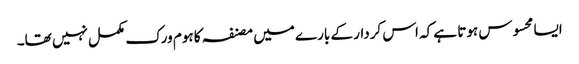
ایسا محسوس ہوتا ہے کہ اس کردار کے بارے میں مصنفہ کا ہوم ورک مکمل نہیں تھا۔